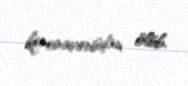
koronavirusdan ölüb.